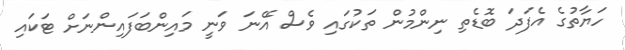
ހަޔާތުގެ އެފަދަ ބޮޑެތި ނިންމުން ތަކުގައި ވެސް އޭނަ ވަނީ މައިންބަފައިންނަށް ޓަކައި